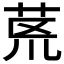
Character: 𮎻